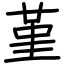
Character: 堇